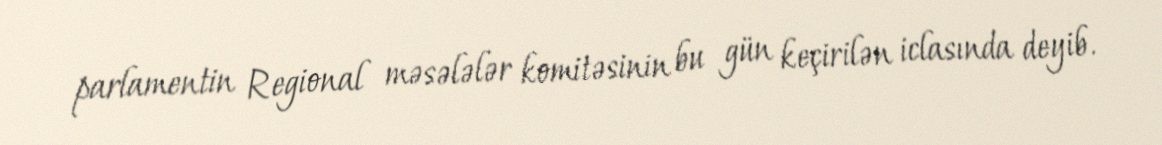
parlamentin Regional məsələlər komitəsinin bu gün keçirilən iclasında deyib.